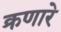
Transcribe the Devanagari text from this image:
क्रणारे